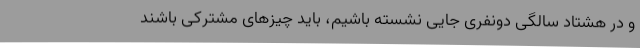
و در هشتاد سالگی دونفری جایی نشسته باشیم، باید چیزهای مشترکی باشند